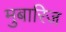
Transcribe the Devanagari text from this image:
मुबारिज